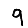
Digit: 9